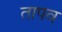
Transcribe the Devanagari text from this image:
तापव